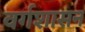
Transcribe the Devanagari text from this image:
वर्गशासन